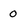
Character: 0